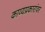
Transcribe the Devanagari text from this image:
काव्यप्रकारांवर